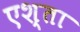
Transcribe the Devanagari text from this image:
एश्ता